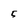
Character: 5